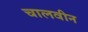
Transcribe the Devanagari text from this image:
चालवीन